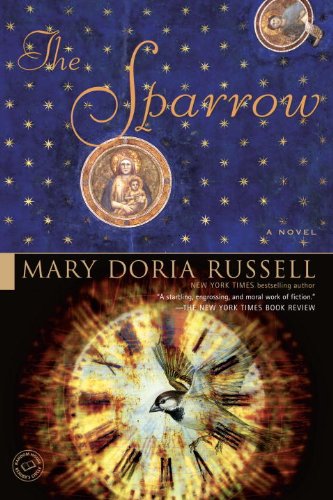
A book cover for The Sparrow: A Novel (Ballantine Reader's Circle); Mary Doria Russell; Science Fiction & Fantasy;